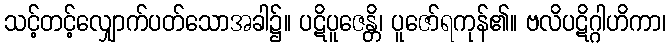
သင့်တင့်လျှောက်ပတ်သောအခါ၌။ ပဋိပူဇေန္တိ၊ ပူဇော်ရကုန်၏။ ဗလိပဋိဂ္ဂါဟိကာ၊